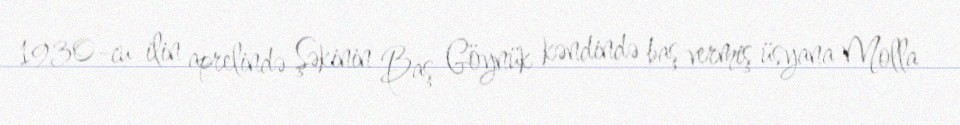
1930-cu ilin aprelində Şəkinin Baş Göynük kəndində baş vermiş üsyana Molla